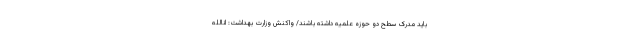
باید مدرک سطح دو حوزه علمیه داشته باشند/ واکنش وزارت بهداشت: انالله